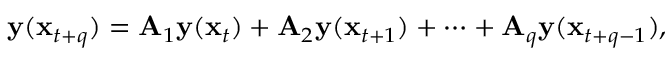
\begin{array} { r } { \mathbf { y } ( \mathbf { x } _ { t + q } ) = \mathbf { A } _ { 1 } \mathbf { y } ( \mathbf { x } _ { t } ) + \mathbf { A } _ { 2 } \mathbf { y } ( \mathbf { x } _ { t + 1 } ) + \dots + \mathbf { A } _ { q } \mathbf { y } ( \mathbf { x } _ { t + q - 1 } ) , } \end{array}